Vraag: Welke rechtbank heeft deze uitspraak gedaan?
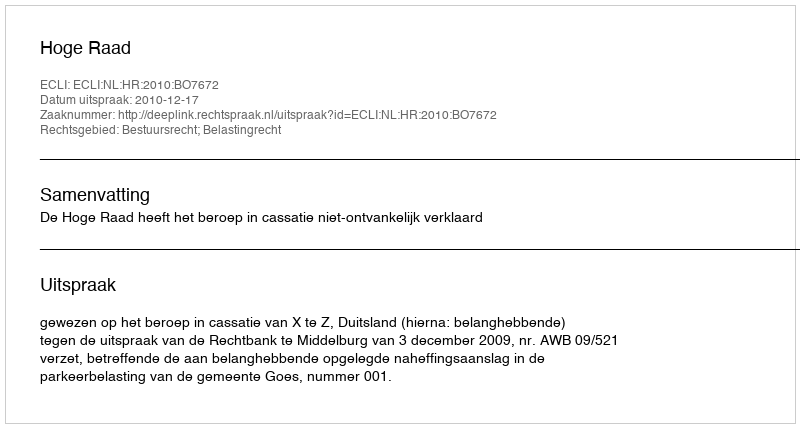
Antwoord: Hoge Raad